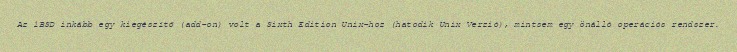
Az 1BSD inkább egy kiegészítő (add-on) volt a Sixth Edition Unix-hoz (hatodik Unix Verzió), mintsem egy önálló operációs rendszer.